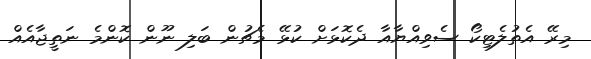
މިރޭ އެތުލެޓިކޯ ސެވިއްޔާއާ ދެކޮޅަށް ކުޅޭ މެޗުން ބަލި ނޫން ކޮންމެ ނަތީޖާއެއް